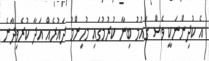
އެ ކުދިންނަކީ ވެސް ގައުމު ބިނާ ކުރުމުގައި މުހިންމު ދައުރެއް އަދާ ކުރެވިދާނެ